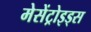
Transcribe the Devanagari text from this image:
मेसेंट्रोइड्स